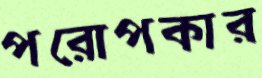
পরোপকার